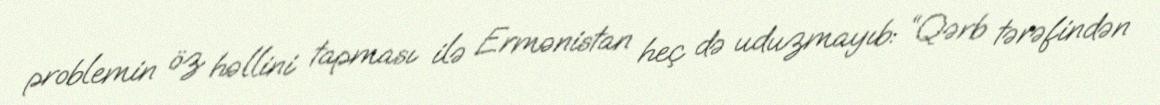
problemin öz həllini tapması ilə Ermənistan heç də uduzmayıb: “Qərb tərəfindən